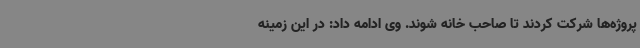
پروژه‌ها شرکت کردند تا صاحب خانه شوند. وی ادامه داد: در این زمینه